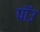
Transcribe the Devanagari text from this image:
पॉउ